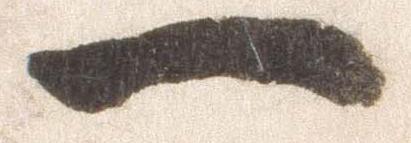
一